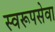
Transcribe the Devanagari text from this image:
स्वरूपसेवा